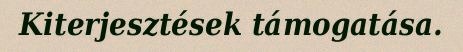
Kiterjesztések támogatása.